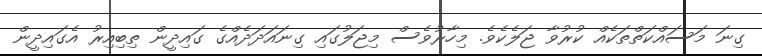
ގިނަ މަސައްކަތްތަކެއް ކުރުވާ ޖަލެކެވެ. މިހާރުވެސް މިޖަލުގައި ގިނައަދަދެއްގެ ގައިދީން ތިބިއިރު އެގައިދީން